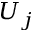
U _ { j }